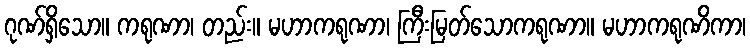
ဂုဏ်ရှိသော။ ကရုဏာ၊ တည်း။ မဟာကရုဏာ၊ ကြီးမြတ်သောကရုဏာ။ မဟာကရုဏိကာ၊